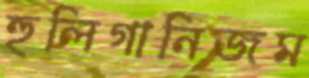
হুলিগানিজম